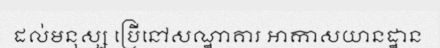
ដល់មនុស្ស ប្រើនៅសណ្ឋាគារ អាកាសយានដ្ឋាន